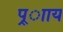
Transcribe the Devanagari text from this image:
प्र्ााय